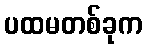
ပထမတစ်ခုက